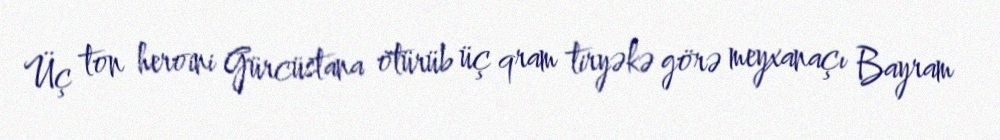
Üç ton heroini Gürcüstana ötürüb üç qram tiryəkə görə meyxanaçı Bayram